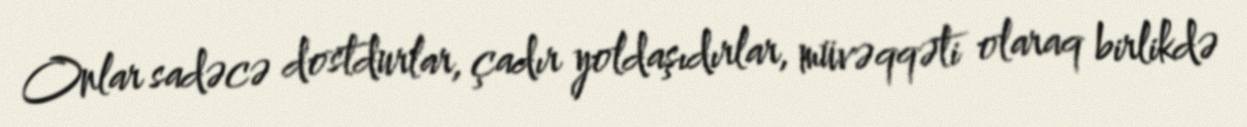
Onlar sadəcə dostdurlar, çadır yoldaşıdırlar, müvəqqəti olaraq birlikdə